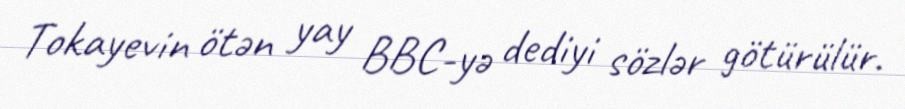
Tokayevin ötən yay BBC-yə dediyi sözlər götürülür.